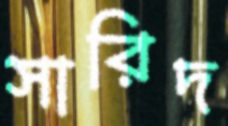
সারিদ